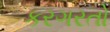
કરગરતો